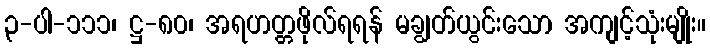
၃-ပါ-၁၁၁၊ ဋ္ဌ-၈၀၊ အရဟတ္တဖိုလ်ရရန် မချွတ်ယွင်းသော အကျင့်သုံးမျိုး။